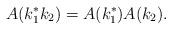
LaTeX: \begin{gather*}A(k_1^*k_2)=A(k_1^*)A(k_2).\end{gather*}